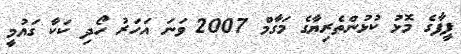
ފީފާގެ މޮޅު ކުޅުންތެރިޔާގެ މަގާމް 2007 ވަނަ އަހަރު ހޯދި ކަކާ ގައުމީ